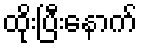
ထိုးပြီးနောက်